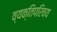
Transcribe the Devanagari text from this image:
व्यक्तिपरिचय